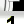
Digit: 1